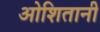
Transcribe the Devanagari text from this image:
ओशितानी